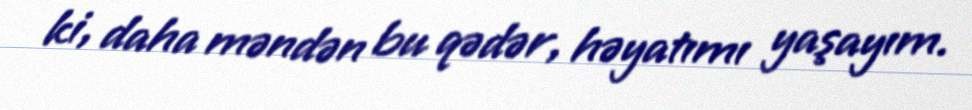
ki, daha məndən bu qədər, həyatımı yaşayım.